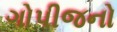
ગોપીજનો